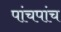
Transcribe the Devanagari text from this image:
पांचपांच